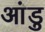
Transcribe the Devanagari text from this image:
आंडु